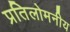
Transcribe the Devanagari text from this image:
प्रतिलोमनीय